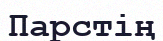
Парстің